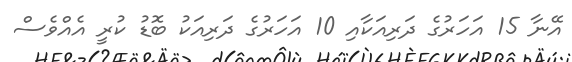
އޭނާ 15 އަހަރުގެ ދަރިއަކާއި 10 އަހަރުގެ ދަރިއަކު ބޮޑު ކުރީ އެއްވެސް